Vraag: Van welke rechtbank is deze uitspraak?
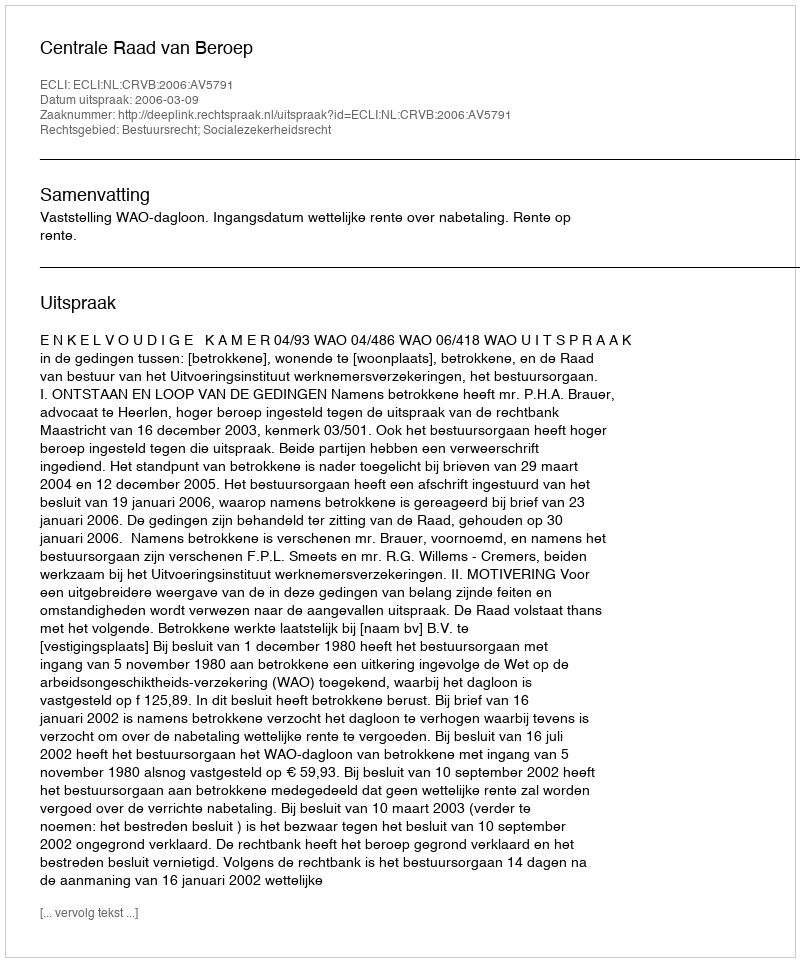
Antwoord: Centrale Raad van Beroep